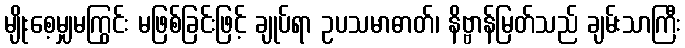
မျိုးစေ့မျှမကြွင်း မဖြစ်ခြင်းဖြင့် ချုပ်ရာ ဥပသမာဓာတ်၊ နိဗ္ဗာန်မြတ်သည် ချမ်းသာကြီး